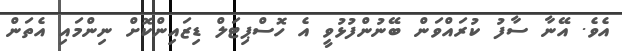
އެވެ. އޭނާ ސާފު ކުރައްވަން ބޭނުންފުޅުވީ އެ ހޮސްޕިޓަލް ޑިޒައިންކޮށް ނިންމައި އެތަން